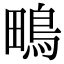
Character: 鴫